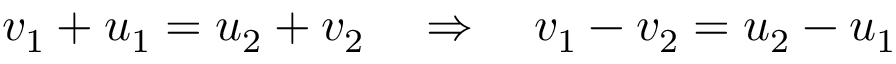
\ v _ { 1 } + u _ { 1 } = u _ { 2 } + v _ { 2 } \quad \Rightarrow \quad v _ { 1 } - v _ { 2 } = u _ { 2 } - u _ { 1 }